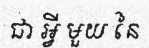
ជា អ្វី មួយ នៃ